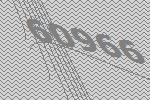
60966